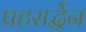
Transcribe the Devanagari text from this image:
प्रहरार्द्धेन